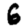
Digit: 6